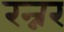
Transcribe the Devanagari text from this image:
रन्नर